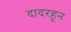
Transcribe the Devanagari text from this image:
दादरहून